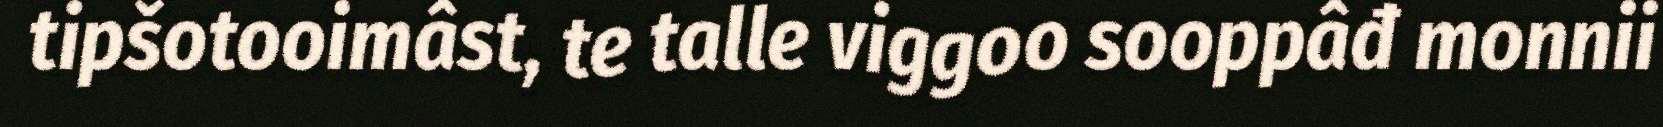
tipšotooimâst, te talle viggoo sooppâđ monnii